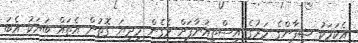
އެކަމަކު ޝިފާންގެ މަރުގެ އިސްތިއުނާފަށް ވެގެން މިދިޔަ ގޮތުން އެތައް ބަޔަކު އެބަ